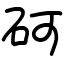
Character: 砢